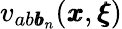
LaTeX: {v}_{ab{\pmb b}_{n}}({\pmb x},{\pmb\xi})